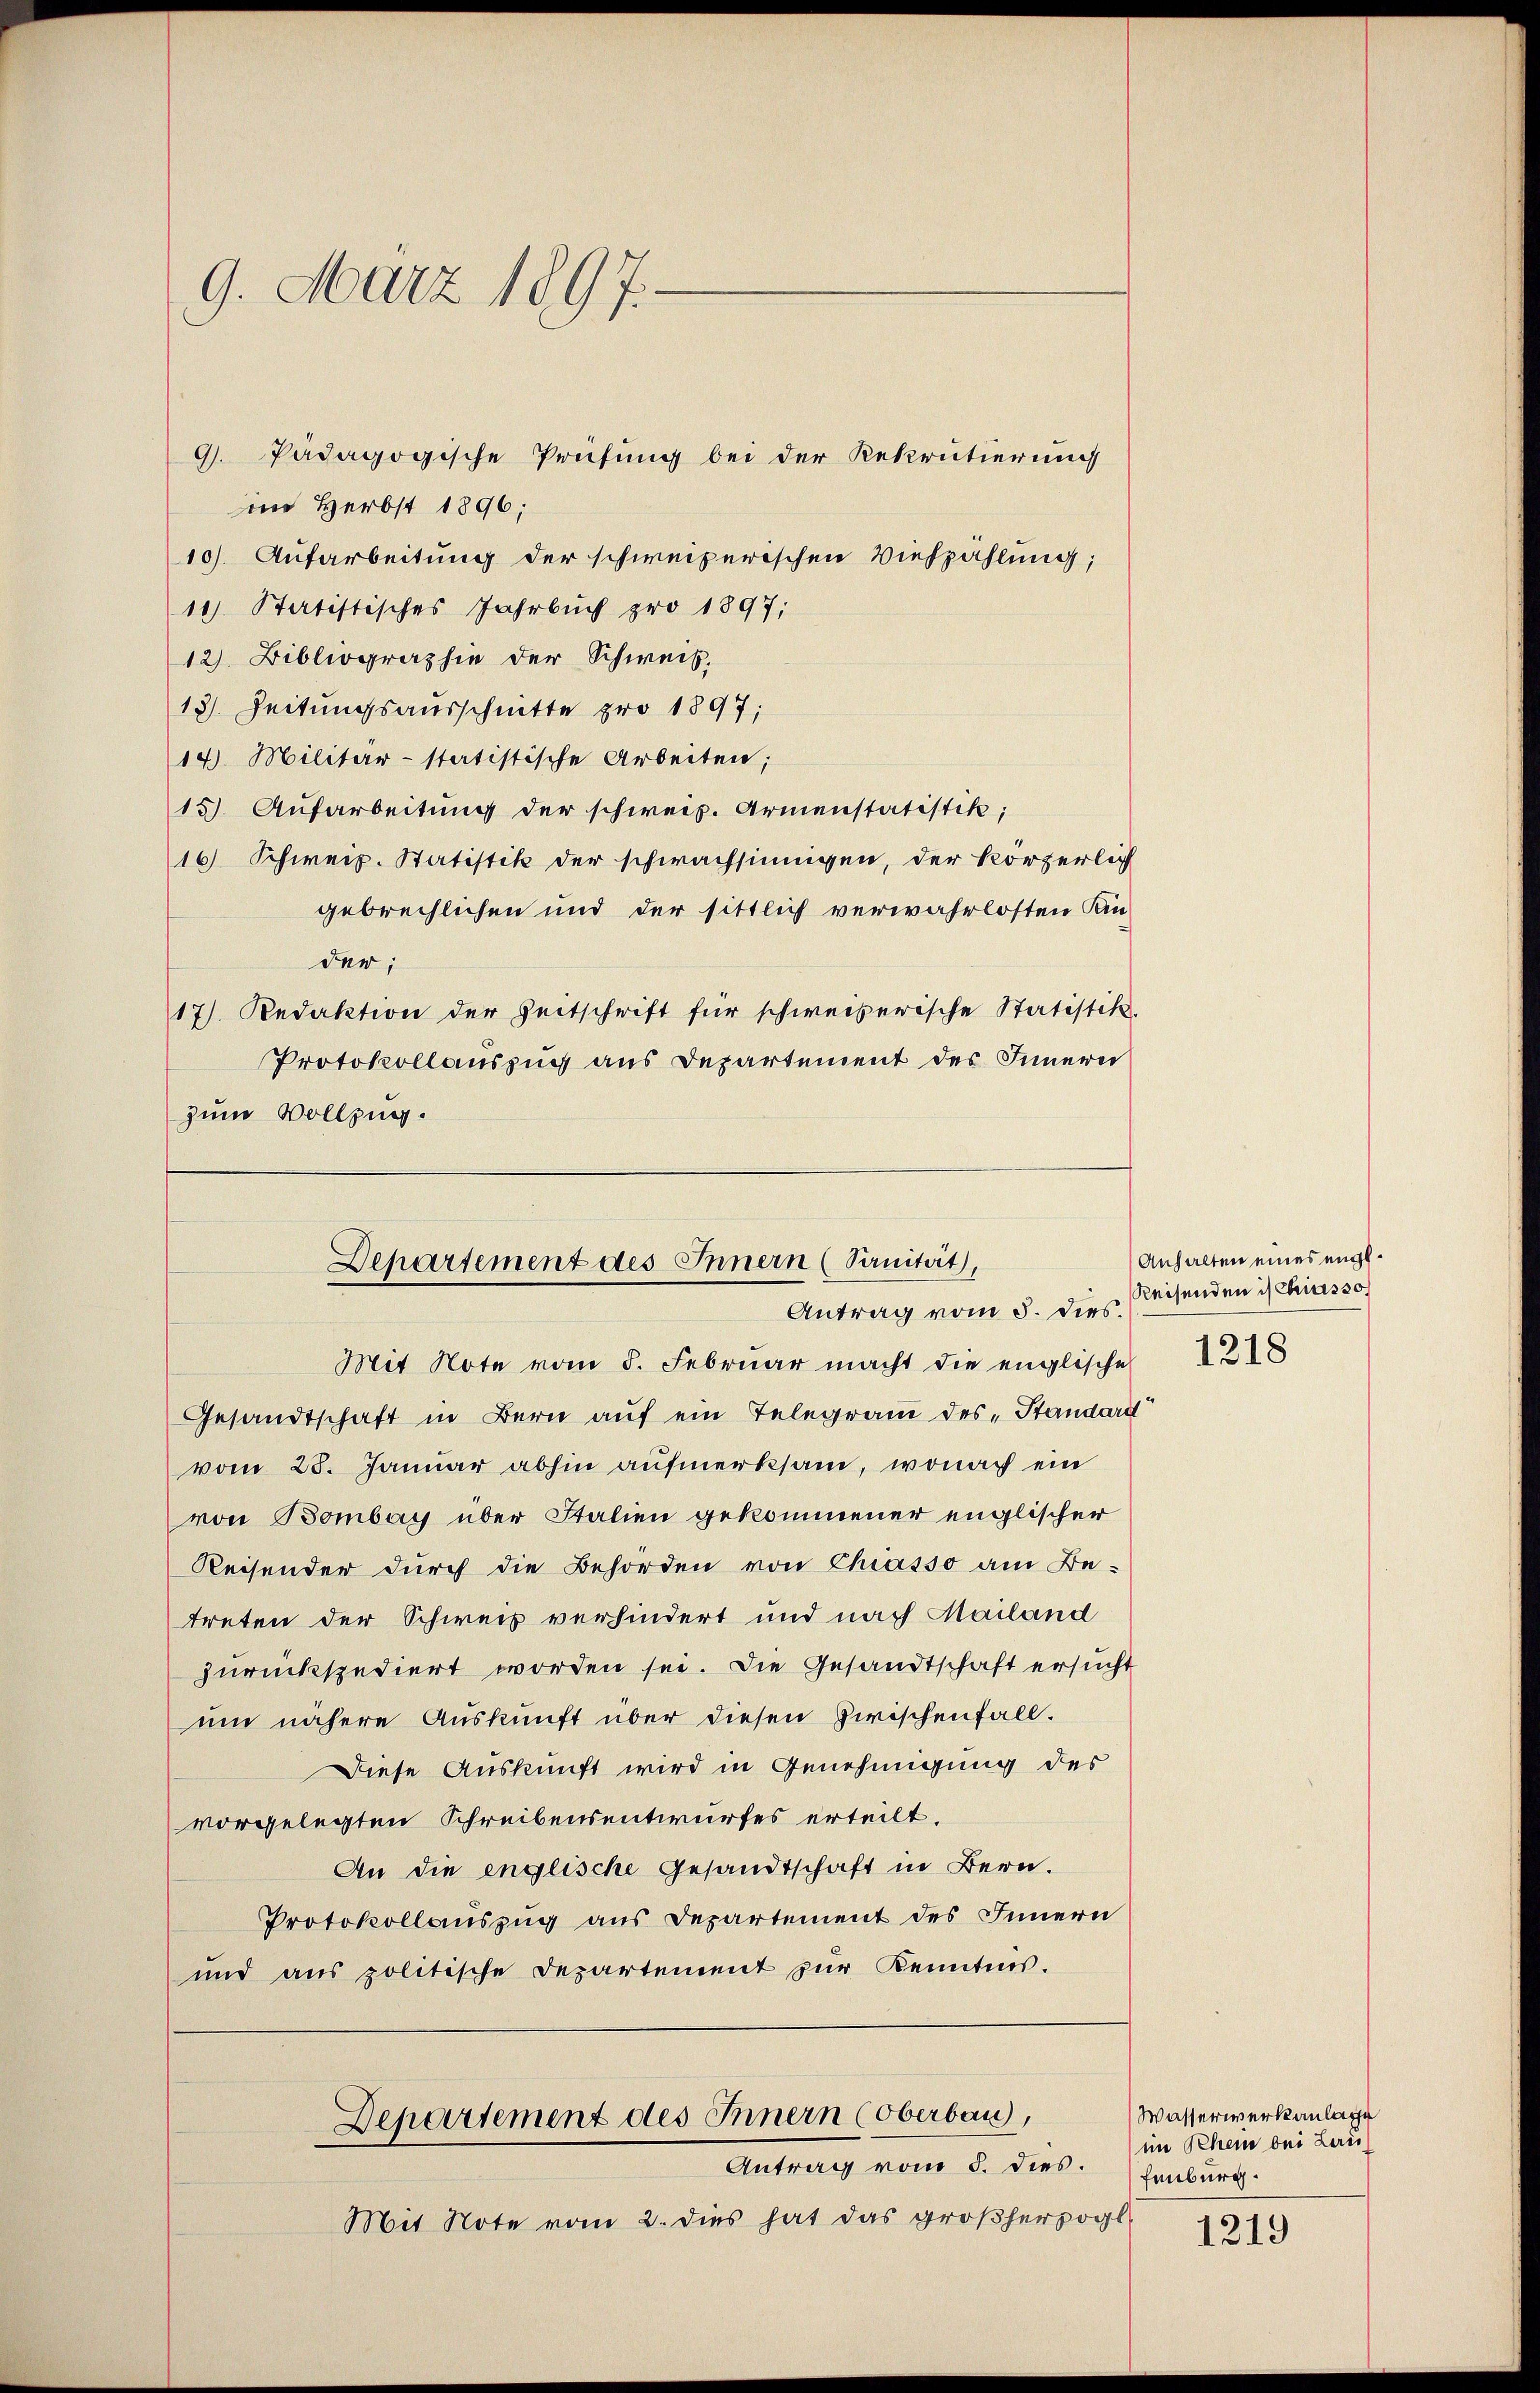
9. März 1897.

im Herbst 1896;
10). Aufarbeitung der schweizerischen Viehzählung;
14) Statistisches Jahrbuch pro 1897;
12) Bibliographie der Schweis.
13). Zeitungsausschnitte pro 1897;
14). Militär-statistische Arbeiten;
15) Aufarbeitung der schweiz. Armenstatistik;
16 Schweiz. Statistik der schwachsinnigen, der körperlich
gebrechlichen und der sittlich verwahrlosten Kin
der;
17) Redaktion der Zeitschrift für schweizerische Statistik.
Protokollauszug aus Departement des Innern
zum Vollzung.

9. Pädagogische Prüfung bei der Rekrutierung

Departement des Innern (Sanität,
Antrag vom 5. dies.

Mit Note vom 8. Februar macht die englische
Gesandtschaft in Bern auf ein Telegram des Standard
vom 28. Januar abhin aufmerksam, wonach ein
von Bombay über Italien gekommener englischer
Reisender durch die Behörden von Chiasso am Be-
treten der Schweiz verhindert und nach Mailand
zurückspediert worden sei. Die Gesandtschaft ersucht
um nähere Auskunft über diesen Zwischenfall.
Diese Auskunft wird in Genehmigung des
vorgelegten Schreibensentwurfes erteilt.
An die englische Gesandtschaft in Bern.
Protokollauszug aus Departement des Innern
und aus politische Departement zur Kenntnis.

Departement des Innern (Oberbau,
Antrag vom 5. dies.

Mit Note vom 2. dies hat das großherzogl.

Anhalten eines engl.
Reisenden is Chiasso

Wasserwerkanlage
im Rhein bei Laris
fenburg.

1219